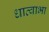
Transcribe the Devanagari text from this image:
धात्वाभा